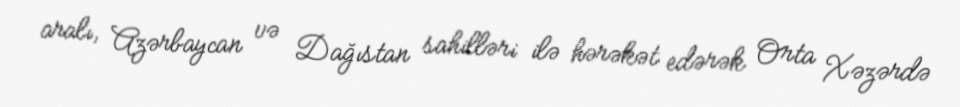
aralı, Azərbaycan və Dağıstan sahilləri ilə hərəkət edərək Orta Xəzərdə